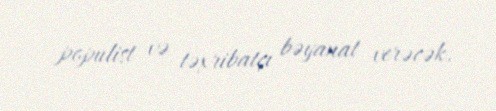
populist və təxribatçı bəyanat verəcək.